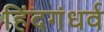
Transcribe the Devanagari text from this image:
हिंदगंधर्व